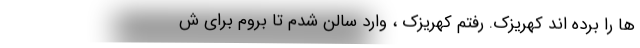
ها را برده اند کهریزک. رفتم کهریزک ، وارد سالن شدم تا بروم برای ش